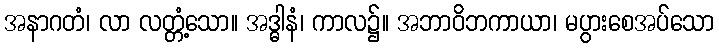
အနာဂတံ၊ လာ လတ္တံ့သော။ အဒ္ဓါနံ၊ ကာလ၌။ အဘာဝိဘကာယာ၊ မပွားစေအပ်သော